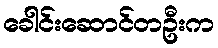
ခေါင်းဆောင်တဦးက